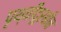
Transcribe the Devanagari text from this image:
पृथ्वीदूरबीन